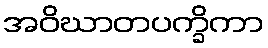
အဝိဃာတပက္ခိကာ